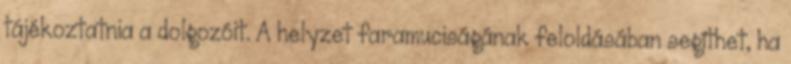
tájékoztatnia a dolgozóit. A helyzet faramuciságának feloldásában segíthet, ha